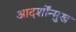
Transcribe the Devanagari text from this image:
आदर्शोंन्मुख